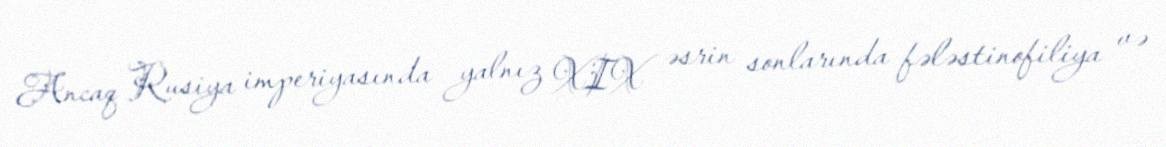
Ancaq Rusiya imperiyasında yalnız XIX əsrin sonlarında fələstinofiliya və